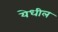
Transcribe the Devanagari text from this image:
येधील